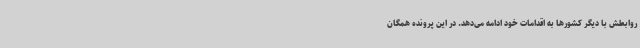
روابطش با دیگر کشورها به اقدامات خود ادامه می‌دهد. در این پرونده همگان